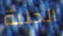
الحلبة